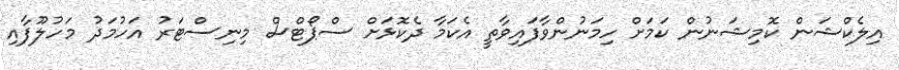
އިލެކްޝަން ކޮމިޝަނުން ކަމަށް ހިމަނުންވާފައިވާތީ އެކަމާ ދެކޮޅަށް ސްޕޯޓްސް މިނިސްޓަރު އަހުމަދު މަހުލޫފާއި